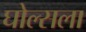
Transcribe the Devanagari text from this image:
घोल्सला